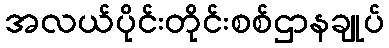
အလယ်ပိုင်းတိုင်းစစ်ဌာနချုပ်